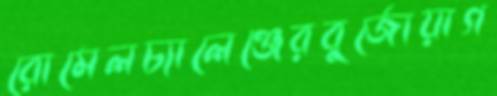
রোমেলচ্যালেঞ্জেরবুর্জোয়াগ